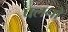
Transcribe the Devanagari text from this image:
चलनो